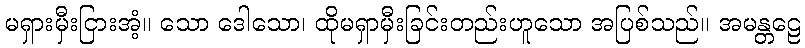
မရှားမှီးငြားအံ့။ သော ဒေါသော၊ ထိုမရှာမှီးခြင်းတည်းဟူသော အပြစ်သည်။ အမန္တဠေ